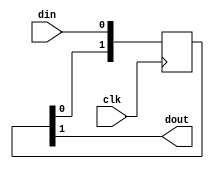
/*
  Copyright (c) 2023, miya
  All rights reserved.

  Redistribution and use in source and binary forms, with or without modification, are permitted provided that the following conditions are met:

  1. Redistributions of source code must retain the above copyright notice, this list of conditions and the following disclaimer.

  2. Redistributions in binary form must reproduce the above copyright notice, this list of conditions and the following disclaimer in the documentation and/or other materials provided with the distribution.

  THIS SOFTWARE IS PROVIDED BY THE COPYRIGHT HOLDERS AND CONTRIBUTORS "AS IS" AND ANY EXPRESS OR IMPLIED WARRANTIES, INCLUDING, BUT NOT LIMITED TO, THE IMPLIED WARRANTIES OF MERCHANTABILITY AND FITNESS FOR A PARTICULAR PURPOSE ARE DISCLAIMED.
  IN NO EVENT SHALL THE COPYRIGHT OWNER OR CONTRIBUTORS BE LIABLE FOR ANY DIRECT, INDIRECT, INCIDENTAL, SPECIAL, EXEMPLARY, OR CONSEQUENTIAL DAMAGES (INCLUDING, BUT NOT LIMITED TO,
  PROCUREMENT OF SUBSTITUTE GOODS OR SERVICES; LOSS OF USE, DATA, OR PROFITS; OR BUSINESS INTERRUPTION) HOWEVER CAUSED AND ON ANY THEORY OF LIABILITY, WHETHER IN CONTRACT, STRICT LIABILITY, OR TORT (INCLUDING NEGLIGENCE OR OTHERWISE) ARISING IN ANY WAY OUT OF THE USE OF THIS SOFTWARE, EVEN IF ADVISED OF THE POSSIBILITY OF SUCH DAMAGE.
*/

/*
 parameter DELAY >= 2
 'dout' is 'DELAY' clock cycle delay of 'din'
 */

module shift_register
  #(
    parameter DELAY = 2
    )
  (
   input wire  clk,
   input wire  din,
   output wire dout
   );

  reg [DELAY-1:0] sreg;

  always @(posedge clk)
    begin
      sreg <= {sreg[DELAY-2:0], din};
    end

  assign dout = sreg[DELAY-1];

endmodule